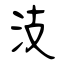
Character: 汥